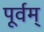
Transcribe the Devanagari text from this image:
पूर्वम्